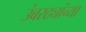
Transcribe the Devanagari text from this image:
उंबरठ्यांच्या